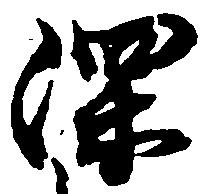
深